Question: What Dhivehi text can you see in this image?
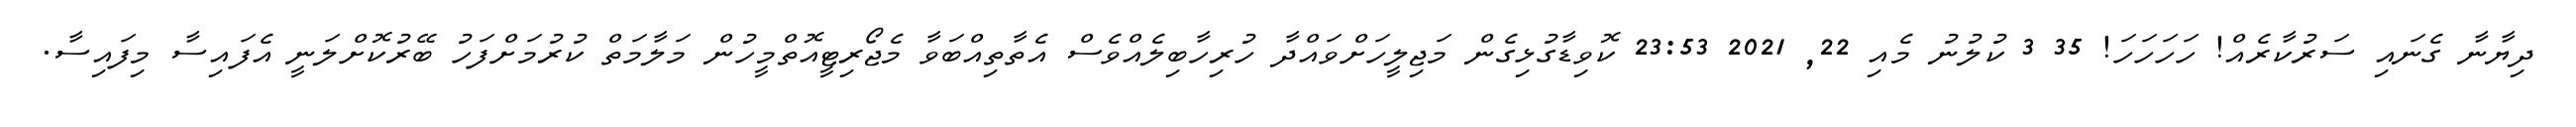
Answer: ދިޔާނާ ގެނައި ސަރުކާރެއް! ހަހަހަހަ! 35 3 ކުލުނު މެއި 22, 2021 23:53 ކޮވިޑާގުޅިގެން މަޖިލީހަށްވައްދާ ހުރިހާބިލެއްވެސް އެތާތިއްބަވާ މެޖޯރިޓީއޮތްމީހުން މަލާމަތް ކުރުމަށްފަހު ބޭރުކޮށްލަނީ އެފައިސާ މިފައިސާ.